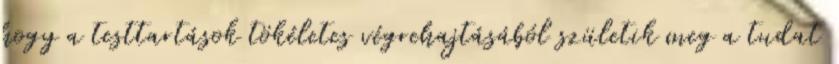
hogy a testtartások tökéletes végrehajtásából születik meg a tudat